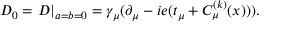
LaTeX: D _ { 0 } = \left. D \right| _ { a = b = 0 } = \gamma _ { \mu } ( \partial _ { \mu } - i e ( t _ { \mu } + C _ { \mu } ^ { ( k ) } ( x ) ) ) .